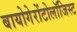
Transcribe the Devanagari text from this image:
बायोगेरोंटोलॉजिस्ट